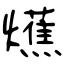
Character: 爑